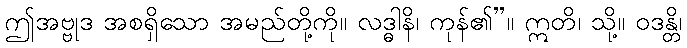
ဤအဗ္ဗုဒ အစရှိသော အမည်တို့ကို။ လဒ္ဓါနိ၊ ကုန်၏”။ ဣတိ၊ သို့။ ဝဒန္တိ၊